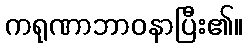
ကရုဏာဘာဝနာပြီး၏။